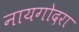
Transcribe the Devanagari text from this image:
नायगोदरा